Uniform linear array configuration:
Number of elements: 12
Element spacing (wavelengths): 0.75
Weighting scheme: hamming
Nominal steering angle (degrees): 0
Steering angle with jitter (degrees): -1.37
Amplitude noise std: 0.05
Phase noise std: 0.05

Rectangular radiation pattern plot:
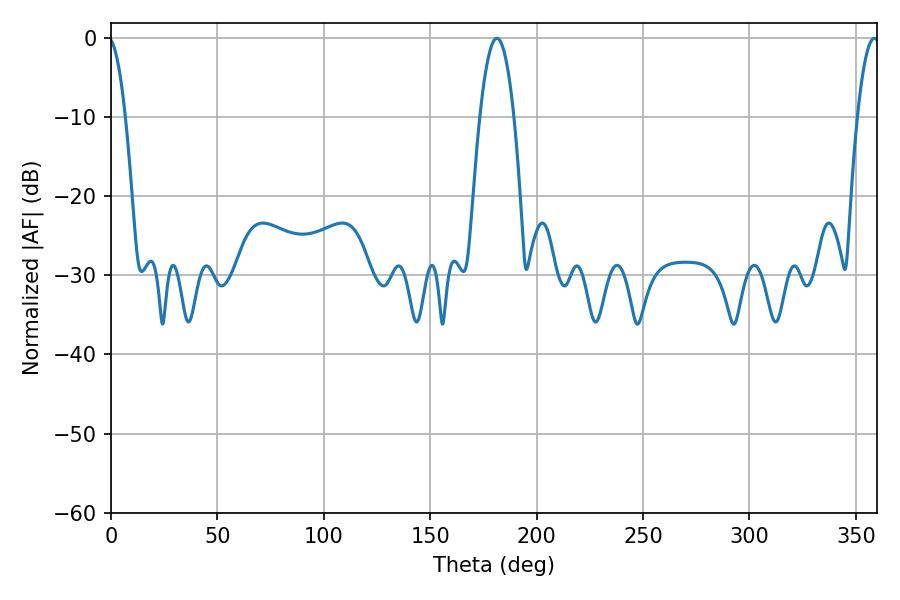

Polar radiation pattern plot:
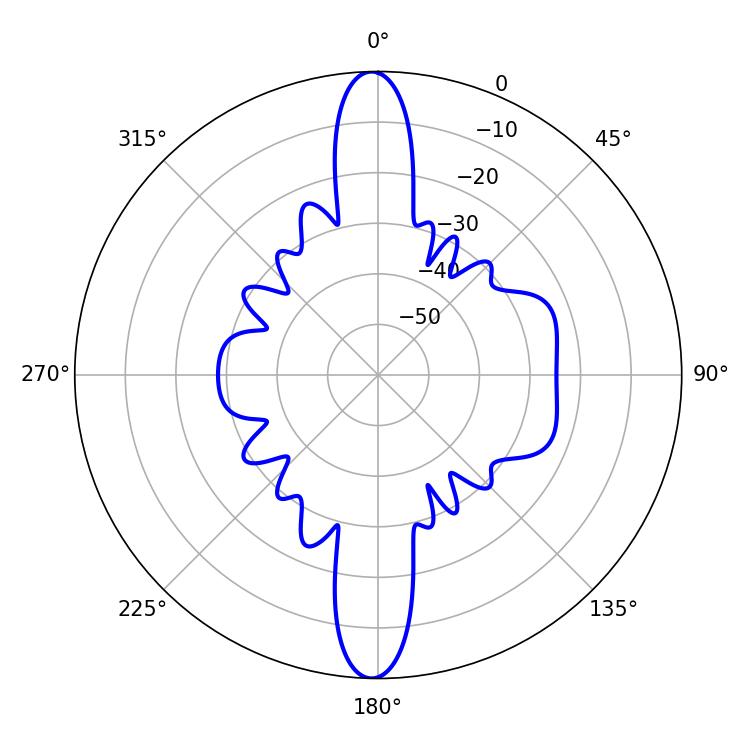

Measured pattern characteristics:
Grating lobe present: TRUE
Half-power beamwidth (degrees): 8.82
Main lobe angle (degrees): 181.26